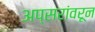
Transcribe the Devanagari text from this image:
अप्सरांवरून